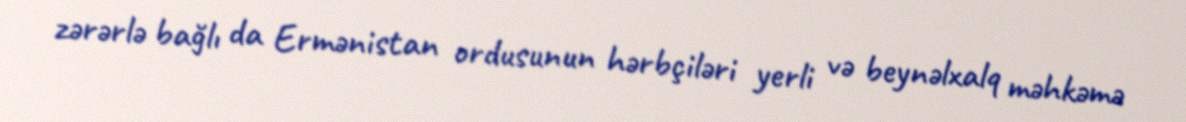
zərərlə bağlı da Ermənistan ordusunun hərbçiləri yerli və beynəlxalq məhkəmə